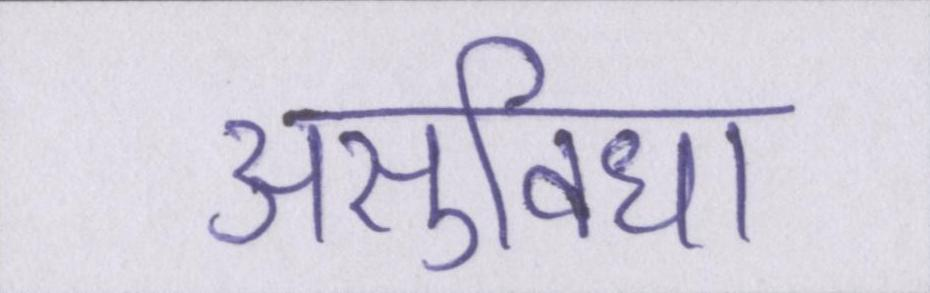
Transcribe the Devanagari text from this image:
असुविधा